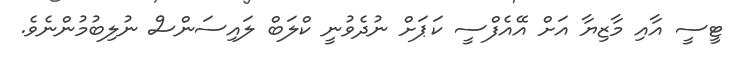
ޓީސީ އާއި މާޒިޔާ އަށް އޭއެފްސީ ކަޕަށް ނުދެވުނީ ކްލަބް ލައިސަންސް ނުލިބުމުންނެވެ.